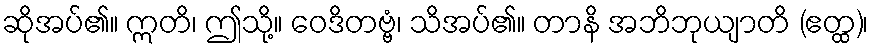
ဆိုအပ်၏။ ဣတိ၊ ဤသို့။ ဝေဒိတဗ္ဗံ၊ သိအပ်၏။ တာနိ အဘိဘုယျာတိ (ဧတ္ထ)၊